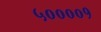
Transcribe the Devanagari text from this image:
५००००१